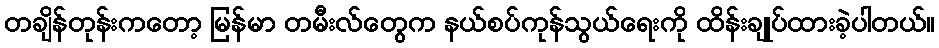
တချိန်တုန်းကတော့ မြန်မာ တမီးလ်တွေက နယ်စပ်ကုန်သွယ်ရေးကို ထိန်းချုပ်ထားခဲ့ပါတယ်။